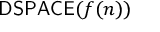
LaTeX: { \mathsf { D S P A C E } } ( f ( n ) )